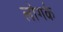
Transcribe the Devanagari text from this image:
लोगके